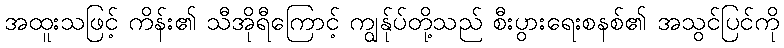
အထူးသဖြင့် ကိန်း၏ သီအိုရီကြောင့် ကျွန်ုပ်တို့သည် စီးပွားရေးစနစ်၏ အသွင်ပြင်ကို